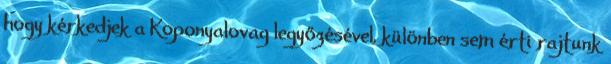
hogy kérkedjek a Koponyalovag legyőzésével, különben sem érti rajtunk